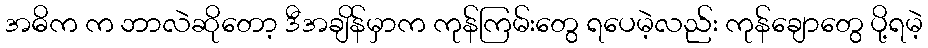
အဓိက က ဘာလဲဆိုတော့ ဒီအချိန်မှာက ကုန်ကြမ်းတွေ ရပေမဲ့လည်း ကုန်ချောတွေ ပို့ရမဲ့